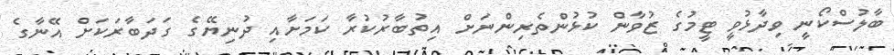
ބާލުސްކޯނީ ވިދާޅުވީ ޓީމުގެ ޒުވާން ކުޅުންތެރިންނަށް އިތުބާރުކުރާ ކަމަށާއި ދުނިޔޭގެ ގަދަބާރަކަށް އޭނާގެ